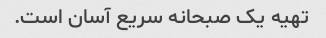
تهیه یک صبحانه سریع آسان است.